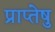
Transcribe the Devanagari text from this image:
प्राप्तेषु